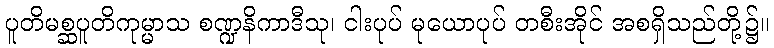
ပူတိမစ္ဆပူတိကုမ္မာသ စဏ္ဍနိကာဒီသု၊ ငါးပုပ် မုယောပုပ် တစီးအိုင် အစရှိသည်တို့၌။